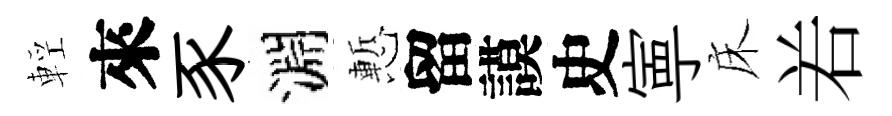
輕來豕淵慙留謨史寕床𠰥